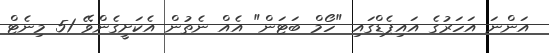
އަންނަ އަހަރުގެ އައިޕެޑްގައި "ހޯމް ބަޓަން" އެއް ނެތުން އެކަށީގެންވޭ 51 މިނެޓް